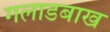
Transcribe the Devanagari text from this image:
गलाडबाख